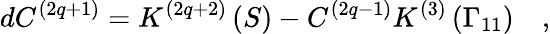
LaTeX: dC^{\left(2q+1\right)}=K^{\left(2q+2\right)}\left(S\right)-C^{\left(2q-1\right)}K^{\left(3\right)}\left(\Gamma_{11}\right)\quad,